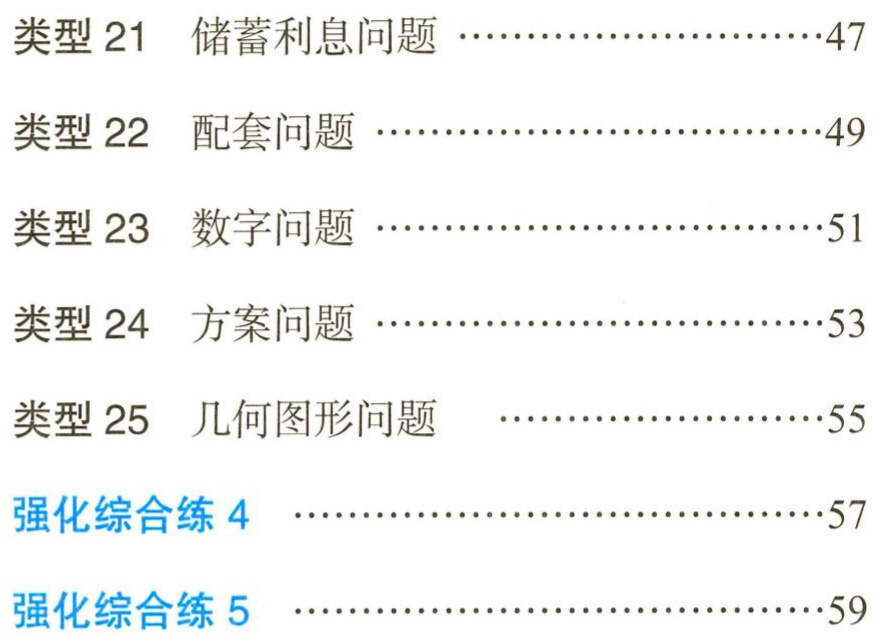
类型 21  储蓄利息问题 ……………………47

类型 22  配套问题 …………………………49

类型 23  数字问题 …………………………51

类型 24  方案问题 …………………………53

类型 25  几何图形问题  ……………………55

强化综合练 4  ………………………………57

强化综合练 5  ………………………………59